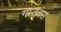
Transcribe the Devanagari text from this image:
गस्तबस